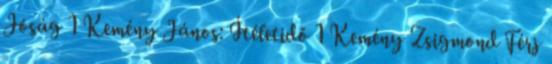
Jóság 1 Kemény János: Ítéletidő 1 Kemény Zsigmond Férj